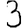
Digit: 3